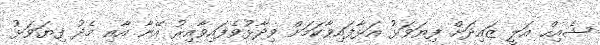
ޝެއިހް އަލީ ޒައިދަށް ފިޔަވަޅު އަޅާފައިވާކަމަށް ވިދާޅުވެފައިވާއިރު އޭނާ އާއި މެދު ފިޔަވަޅު